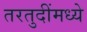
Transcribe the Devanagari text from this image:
तरतुदींमध्ये